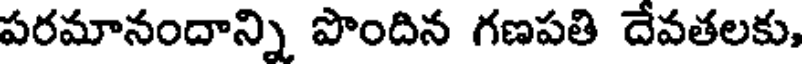
పరమానందాన్ని పొందిన గణపతి దేవతలకు,